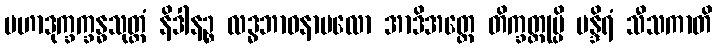
မဟာဒုက္ခက္ခန္ဓသုတ္တံ နိဒါနဉ္စ လဒ္ဓဘာဝနာဗလော အာဒိအတ္ထေ တိက္ခတ္တုမ္ပိ မန္ဒိရံ သီသကာတိ